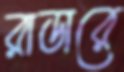
রাডারে